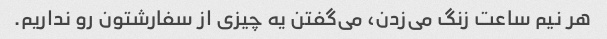
هر نیم ساعت زنگ می‌زدن، می‌گفتن یه چیزی از سفارشتون رو نداریم.